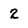
Character: 2